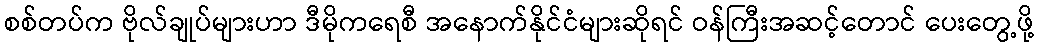
စစ်တပ်က ဗိုလ်ချုပ်များဟာ ဒီမိုကရေစီ အနောက်နိုင်ငံများဆိုရင် ဝန်ကြီးအဆင့်တောင် ပေးတွေ့ဖို့